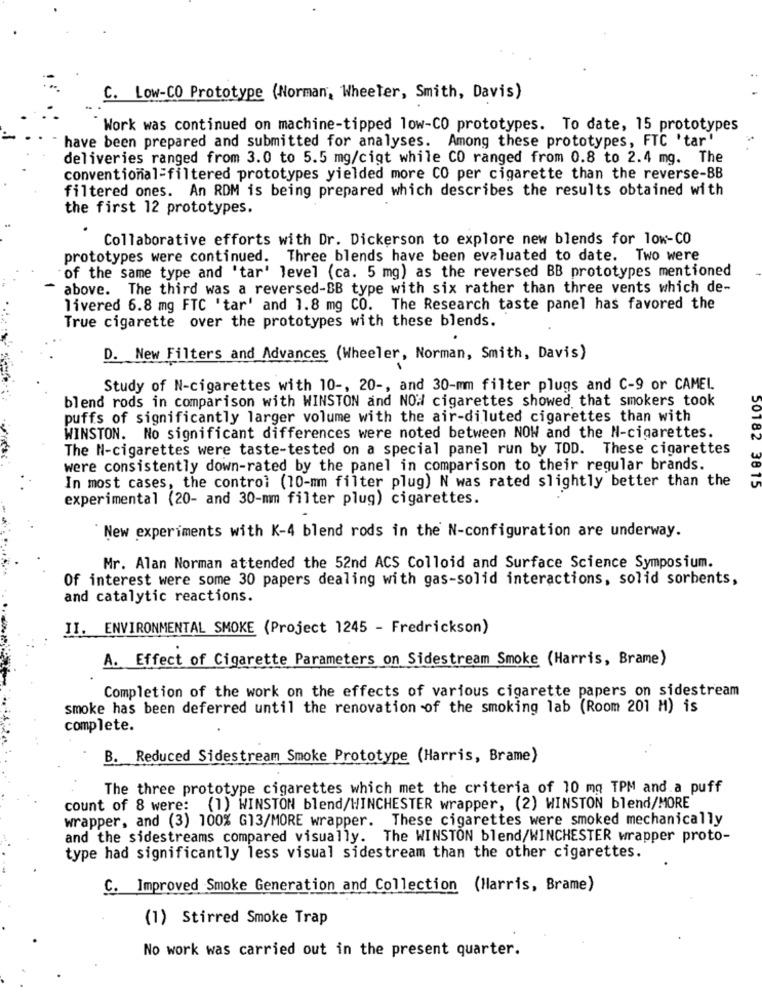
C. Low-CO Prototype (Norman, Wheeler, Smith, Davis)
Work was continued on machine-tipped low-CO prototypes. To date, 15 prototypes
have been prepared and submitted for analyses. Among these prototypes, FTC 'tar'
deliveries ranged from 3.0 to 5.5 mg/cigt while CO ranged from 0.8 to 2.4 mg. The
conventional=filtered prototypes yielded more CO per cigarette than the reverse-BB
filtered ones. An RDM is being prepared which describes the results obtained with
the first 12 prototypes.
Collaborative efforts with Dr. Dickerson to explore new blends for low-CO
prototypes were continued. Three blends have been evaluated to date. Two were
of the same type and 'tar' level (ca. 5 mg) as the reversed BB prototypes mentioned
above. The third was a reversed-BB type with six rather than three vents which de-
livered 6.8 mg FTC 'tar' and 1.8 mg CO. The Research taste panel has favored the
True cigarette over the prototypes with these blends.
D. New Filters and Advances (Wheeler, Norman, Smith, Davis)
Study of N-cigarettes with 10 -, 20 -, and 30-mm filter plugs and C-9 or CAMEL.
blend rods in comparison with WINSTON and NOW cigarettes showed that smokers took
puffs of significantly larger volume with the air-diluted cigarettes than with
WINSTON. No significant differences were noted between NOW and the N-cigarettes.
The N-cigarettes were taste-tested on a special panel run by TOD. These cigarettes
were consistently down-rated by the panel in comparison to their regular brands.
In most cases, the control (10-mm filter plug) N was rated slightly better than the
50182 3815
experimental (20- and 30-mm filter plug) cigarettes.
New experiments with K-4 blend rods in the N-configuration are underway.
Mr. Alan Norman attended the 52nd ACS Colloid and Surface Science Symposium.
Of interest were some 30 papers dealing with gas-solid interactions, solid sorbents,
and catalytic reactions.
II. ENVIRONMENTAL SMOKE (Project 1245 - Fredrickson)
A. Effect of Cigarette Parameters on Sidestream Smoke (Harris, Brame)
Completion of the work on the effects of various cigarette papers on sidestream
smoke has been deferred until the renovation of the smoking lab (Room 201 M) is
complete.
B. Reduced Sidestream Smoke Prototype (Harris, Brame)
The three prototype cigarettes which met the criteria of 10 mg TPM and a puff
count of 8 were: (1) WINSTON blend/WINCHESTER wrapper, (2) WINSTON blend/MORE
wrapper, and (3) 100% G13/MORE wrapper.
These cigarettes were smoked mechanically
and the sidestreams compared visually. The WINSTON blend/WINCHESTER wrapper proto-
type had significantly less visual sidestream than the other cigarettes.
C. Improved Smoke Generation and Collection (Harris, Brame)
(1) Stirred Smoke Trap
No work was carried out in the present quarter.